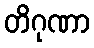
တိဂုဏာ